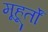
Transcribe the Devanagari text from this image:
मूहूर्तों